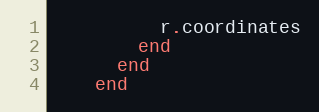
Language: Ruby
          r.coordinates
        end
      end
    end